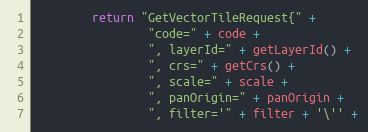
Language: Java
		return "GetVectorTileRequest{" +
				"code=" + code +
				", layerId=" + getLayerId() +
				", crs=" + getCrs() +
				", scale=" + scale +
				", panOrigin=" + panOrigin +
				", filter='" + filter + '\'' +